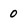
Character: 0